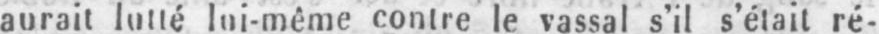
aurait lutté lui-même contre le vassal s’il s’était ré-